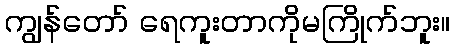
ကျွန်တော် ရေကူးတာကိုမကြိုက်ဘူး။